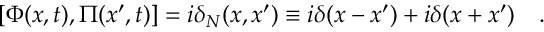
[ \Phi ( x , t ) , \Pi ( x ^ { \prime } , t ) ] = i \delta _ { N } ( x , x ^ { \prime } ) \equiv i \delta ( x - x ^ { \prime } ) + i \delta ( x + x ^ { \prime } ) \quad .